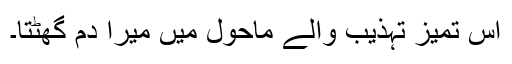
اس تمیز تہذیب والے ماحول میں میرا دم گھٹتا۔